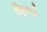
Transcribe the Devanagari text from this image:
चेंडूमागे